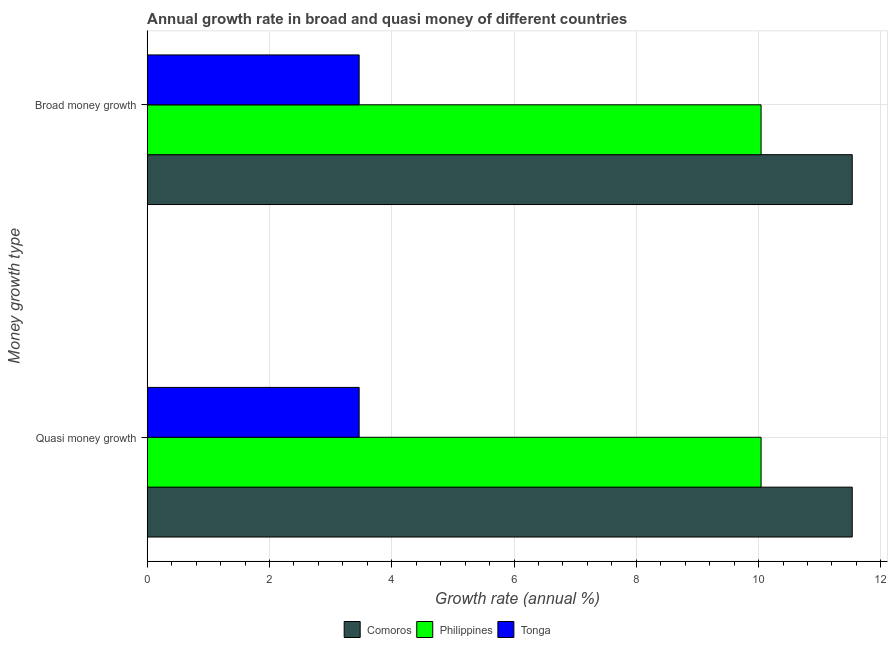
| Money growth type | Comoros | Philippines | Tonga |
 | --- | --- | --- | --- |
 | Quasi money growth | 11.5 | 10 | 3.47 |
 | Broad money growth | 11.5 | 10 | 3.47 |